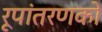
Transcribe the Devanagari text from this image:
रूपांतरणको